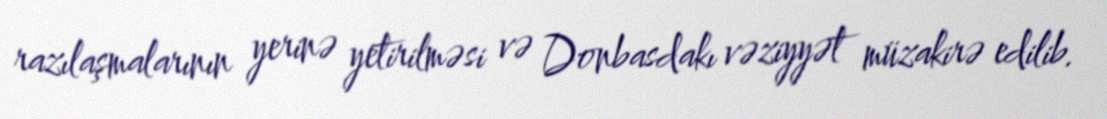
razılaşmalarının yerinə yetirilməsi və Donbasdakı vəziyyət müzakirə edilib.